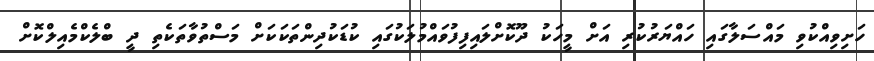
ހަށިވިއްކުވި މައްސަލާގައި ހައްޔަރުކުރި އަށް މީހަކު ދޫކޮށްލައިފިފުވައްމުލަކުގައި ކުޑަކުދިންތަކަކަށް މަސްތުވާތަކެތި ދީ ބްލެކްމެއިލްކޮށް